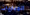
المباريات